Scientific memoirs by medical officers of the Army of India - Part IV,
Year: 1889
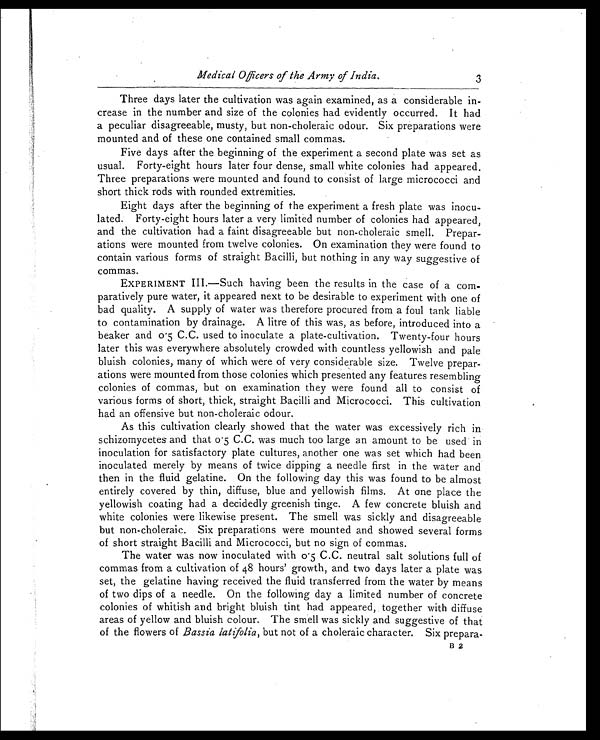
I
i
IA
.
Medical Officers of Me Army of India.
3
il
1
A
A
Three days later the cultivation was again examined, as a considerable in-
.
crease in the number and size of the colonies had evidently occurred. It had
i,
a peculiar disagreeable, musty, but non-choleraic odour. Six preparations were
, i
mounted and of these one contained small commas.
..,,
tj A Five days after the beginning of the experiment a second plate was set as
J
usual. Forty-eight hours later four dense, small white colonies had appeared.
, , .
Three preparations were mounted and found to consist of large micrococci and
short thick rods with rounded extremities.
Eight days after the beginning of the experiment a fresh plate was inocu-
,
lated. Forty-eight hours later a very limited number of colonies had appeared,
and the cultivation had a faint disagreeable but non-choleraic smell. Prepar-
ations were mounted from twelve colonies. On examination they were found to
contain various forms of straight Bacilli, but nothing in any way suggestive of
commas.
EXPERIMENT III.—Such having been the results in the case of a com-
paratively pure water, it appeared next to be desirable to experiment with one of
. bad quality. A supply of water was therefore procured from a foul tank liable
to contamination by drainage. A litre of this was, as before, introduced into a
beaker and cY5 C.C. used to inoculate a plate-cultivation. Twenty-four hours
later this was everywhere absolutely crowded with countless yellowish and pale
bluish colonies, many of which were of very considerable size. Twelve prepar-
ations were mounted from those colonies which presented any features resembling
colonies of commas, but on examination they were found all to consist of
various forms of short, thick, straight Bacilli and Micrococci. This cultivation
.
had an offensive but non-choleraic odour.
As this cultivation clearly showed that the water was excessively rich in
schizomycetes and that o . 5 C.C. was much too large an amount to be used in
inoculation for satisfactory plate cultures, another one was set which had been
inoculated merely by means of twice dipping a needle first in the water and
then in the fluid gelatine. On the following day this was found to be almost
entirely covered by thin, diffuse, blue and yellowish films. At one place the
yellowish coating had a decidedly greenish tinge. A few concrete bluish and
white colonies were likewise present. The smell was sickly and disagreeable
but non-choleraic. Six preparations were mounted and showed several forms
of short straight Bacilli and Micrococci, but no sign of commas.
The water was now inoculated with o . 5 C.C. neutral salt solutions full of
commas from a cultivation of 48 hours' growth, and two days later a plate was
set, the gelatine having received the fluid transferred from the water by means
of two dips of a needle. On the following day a limited number of concrete
colonies of whitish and bright bluish tint had appeared, together with diffuse
areas of yellow and bluish colour. The smell was sickly and suggestive of that
of the flowers of Bassia latifolia, but not of a choleraic character. Six prepara-
B 2